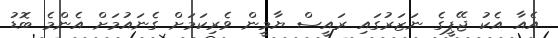
އެއާ އެކު ޖޭޕީގެ ނަޒަރުގައި ރައީސް ޔާމީން ވެރިކަމަށް ގެނައުމަށް އެންމެ ބޮޑު